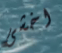
اخشى